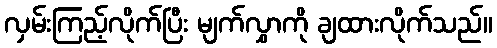
လှမ်းကြည့်လိုက်ပြီး မျက်လွှာကို ချထားလိုက်သည်။